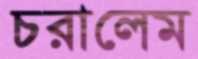
চরালেম